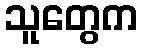
သူတွေက